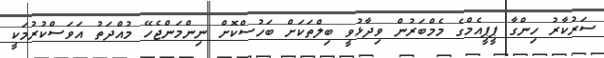
ސަރުކާރު ހިންގާ ޕީޕީއެމްގެ މެމްބަރުން ވިދާޅުވީ ބިލްތަކަށް ބަހުސްކޮށް ނިންމަންޖެހޭ މުއްދަތު އަވަސްކުރުމަކީ